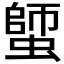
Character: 𧏍